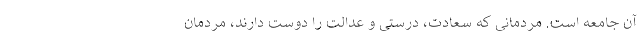
آن جامعه است. مردمانی که سعادت، درستی و عدالت را دوست دارند، مردمان